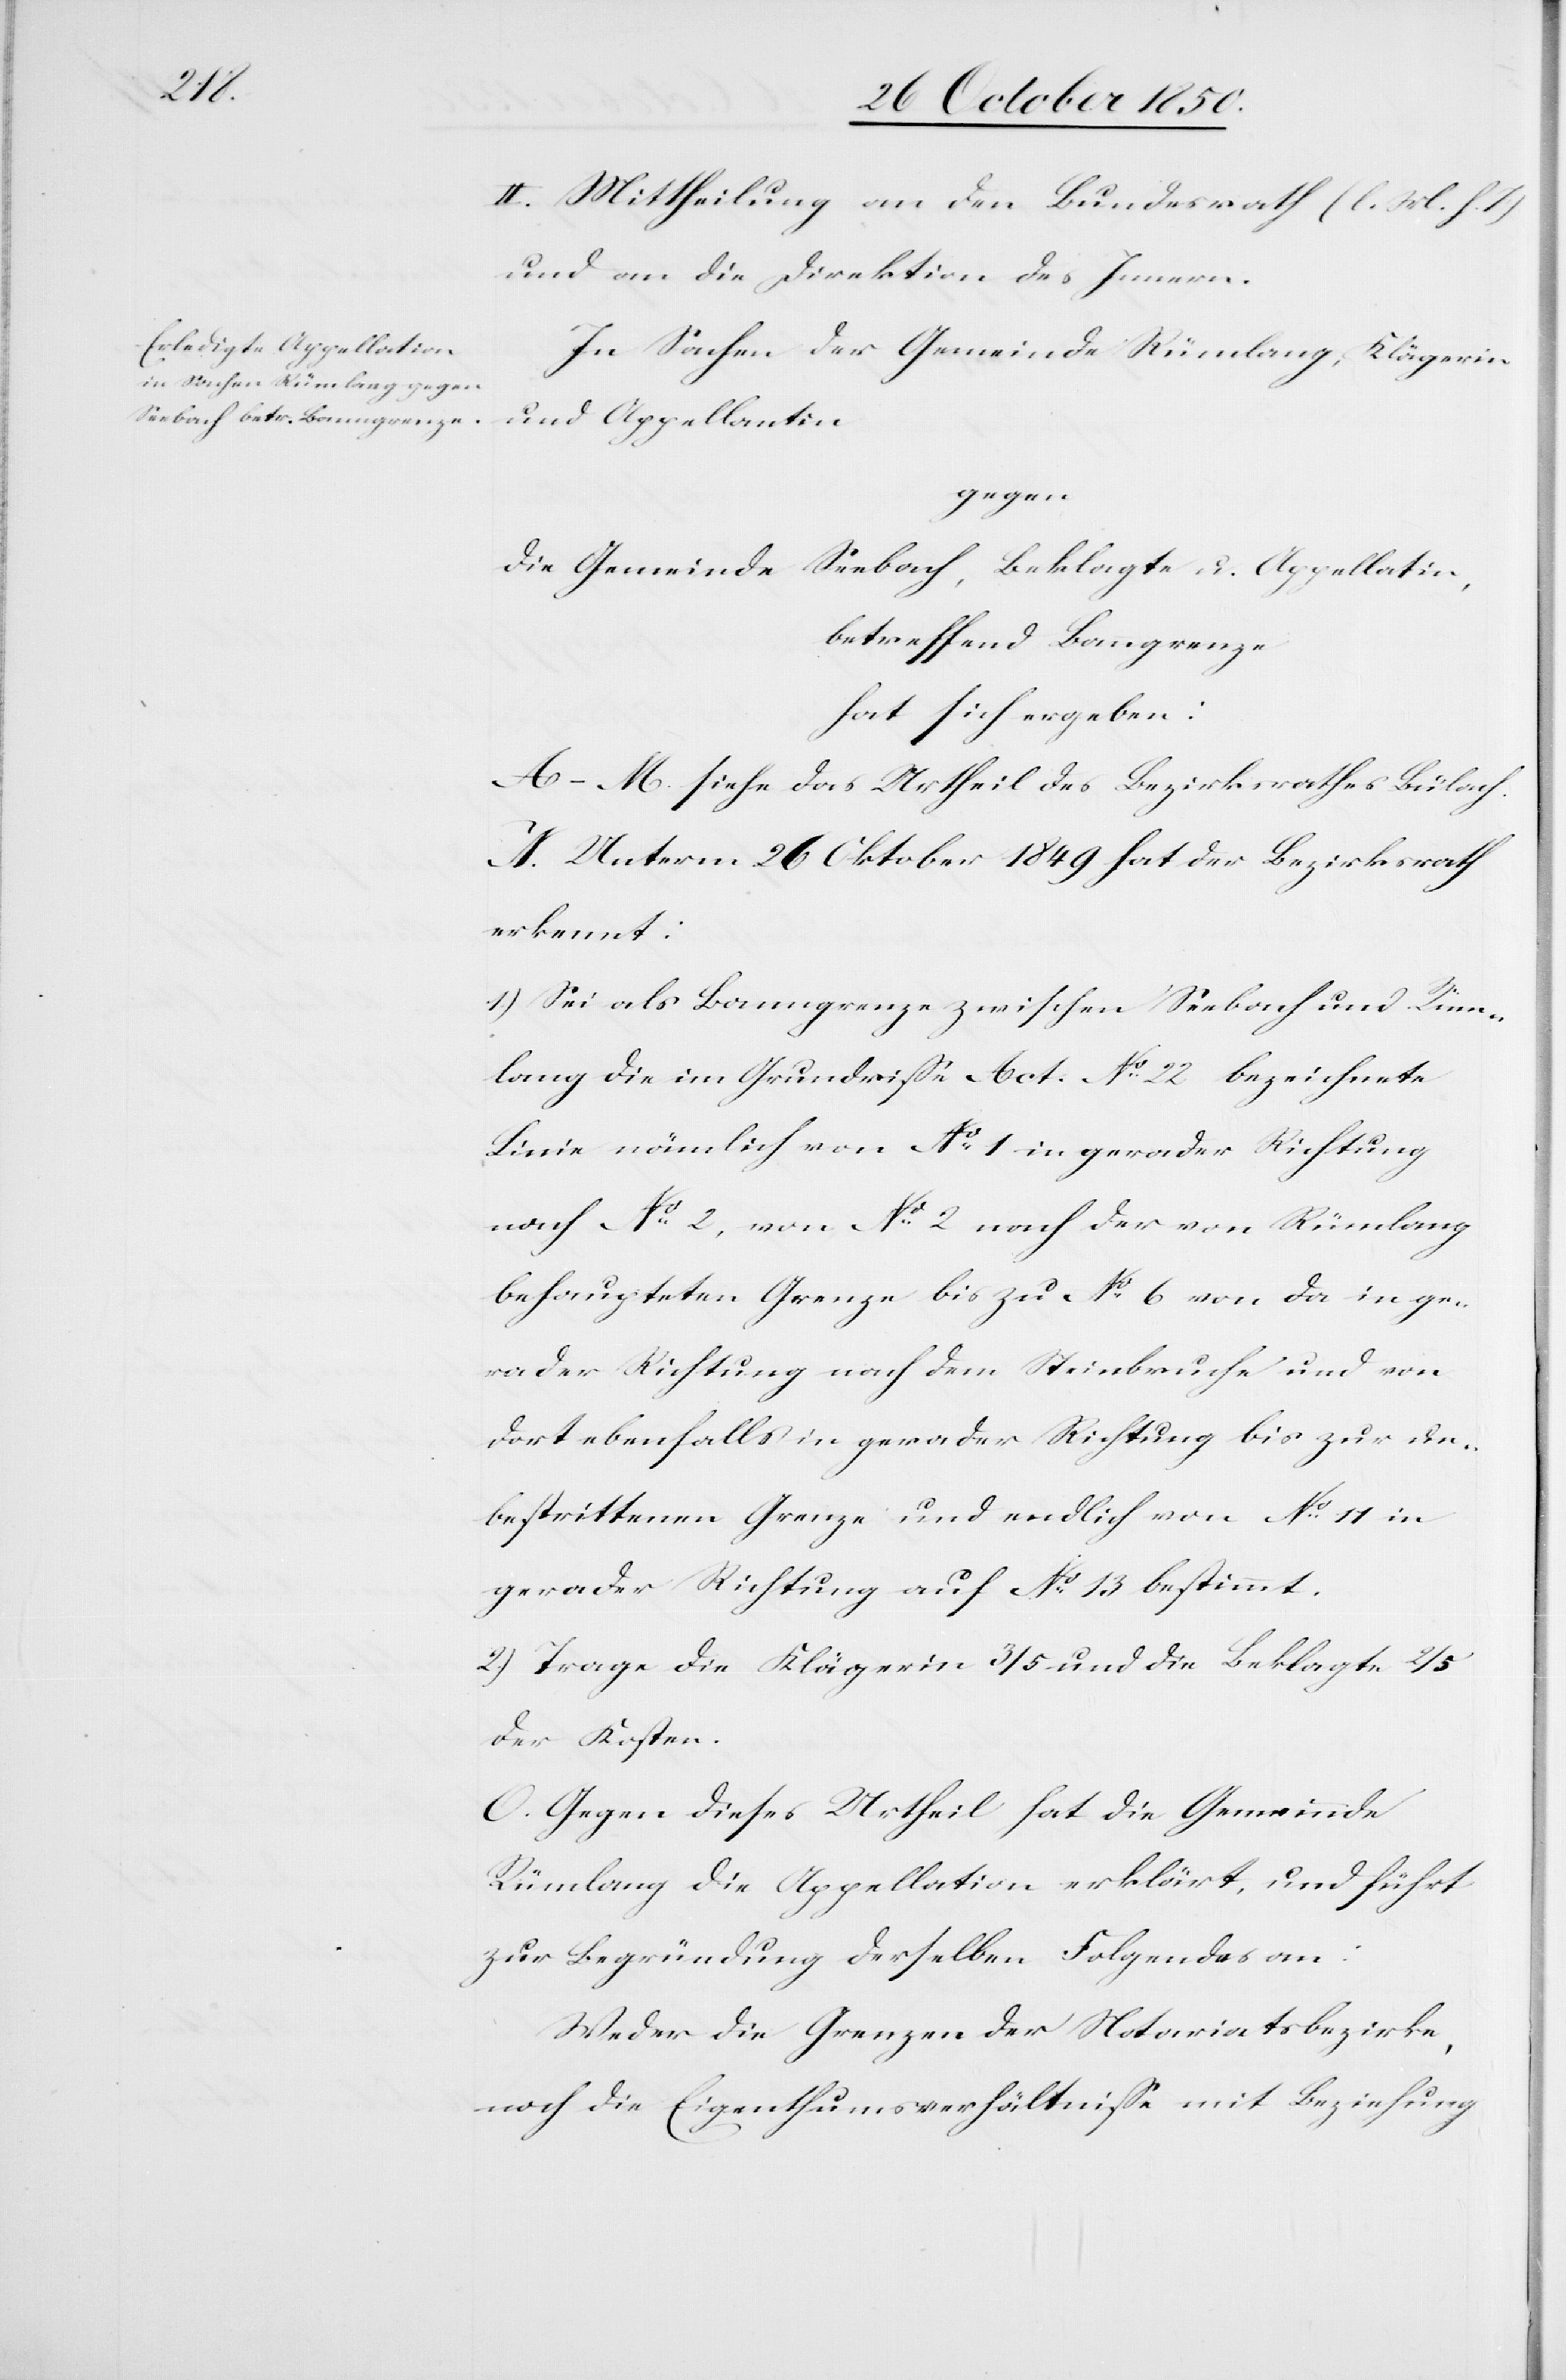
II. Mittheilung an den Bundesrath (l. M. h. T.)
und an die Direktion des Innern.
In Sachen der Gemeinde Rümlang, Klägerin
und Appellantin
gegen
die Gemeinde Seebach, Beklagte u. Appellatin,
betreffend Banngrenze
hat sich ergeben:
A–M. siehe das Urtheil des Bezirksrathes Bülach.
N. Unterm 26 Oktober 1849 hat der Bezirksrath
erkennt:
1.) Sei als Banngrenze zwischen Seebach und Rüm¬
lang die im Grundrisse Act. No 22 bezeichnete
Linie nämlich von No 1 in gerader Richtung
nach No 2, von No 2 nach der von Rümlang
behaupteten Grenze bis zu No 6 von da in ge¬
rader Richtung nach dem Steinbruche und von
dort ebenfalls in gerader Richtung bis zur un¬
bestrittenen Grenze und endlich von No 11 in
gerader Richtung auf No 13 bestimmt.
2.) Trage die Klägerin 3/5 und die Beklagte 2/5
der Kosten.
O. Gegen dieses Urtheil hat die Gemeinnde
Rümlang die Appellation erklärt, und führt
zur Begründung derselben Folgendes an:
Weder die Grenzen der Notariatsbezirke,
noch die Eigenthumsverhältnisse mit Beziehung